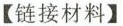
【链接材料】